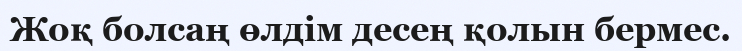
Жоқ болсаң өлдім десең қолын бермес.